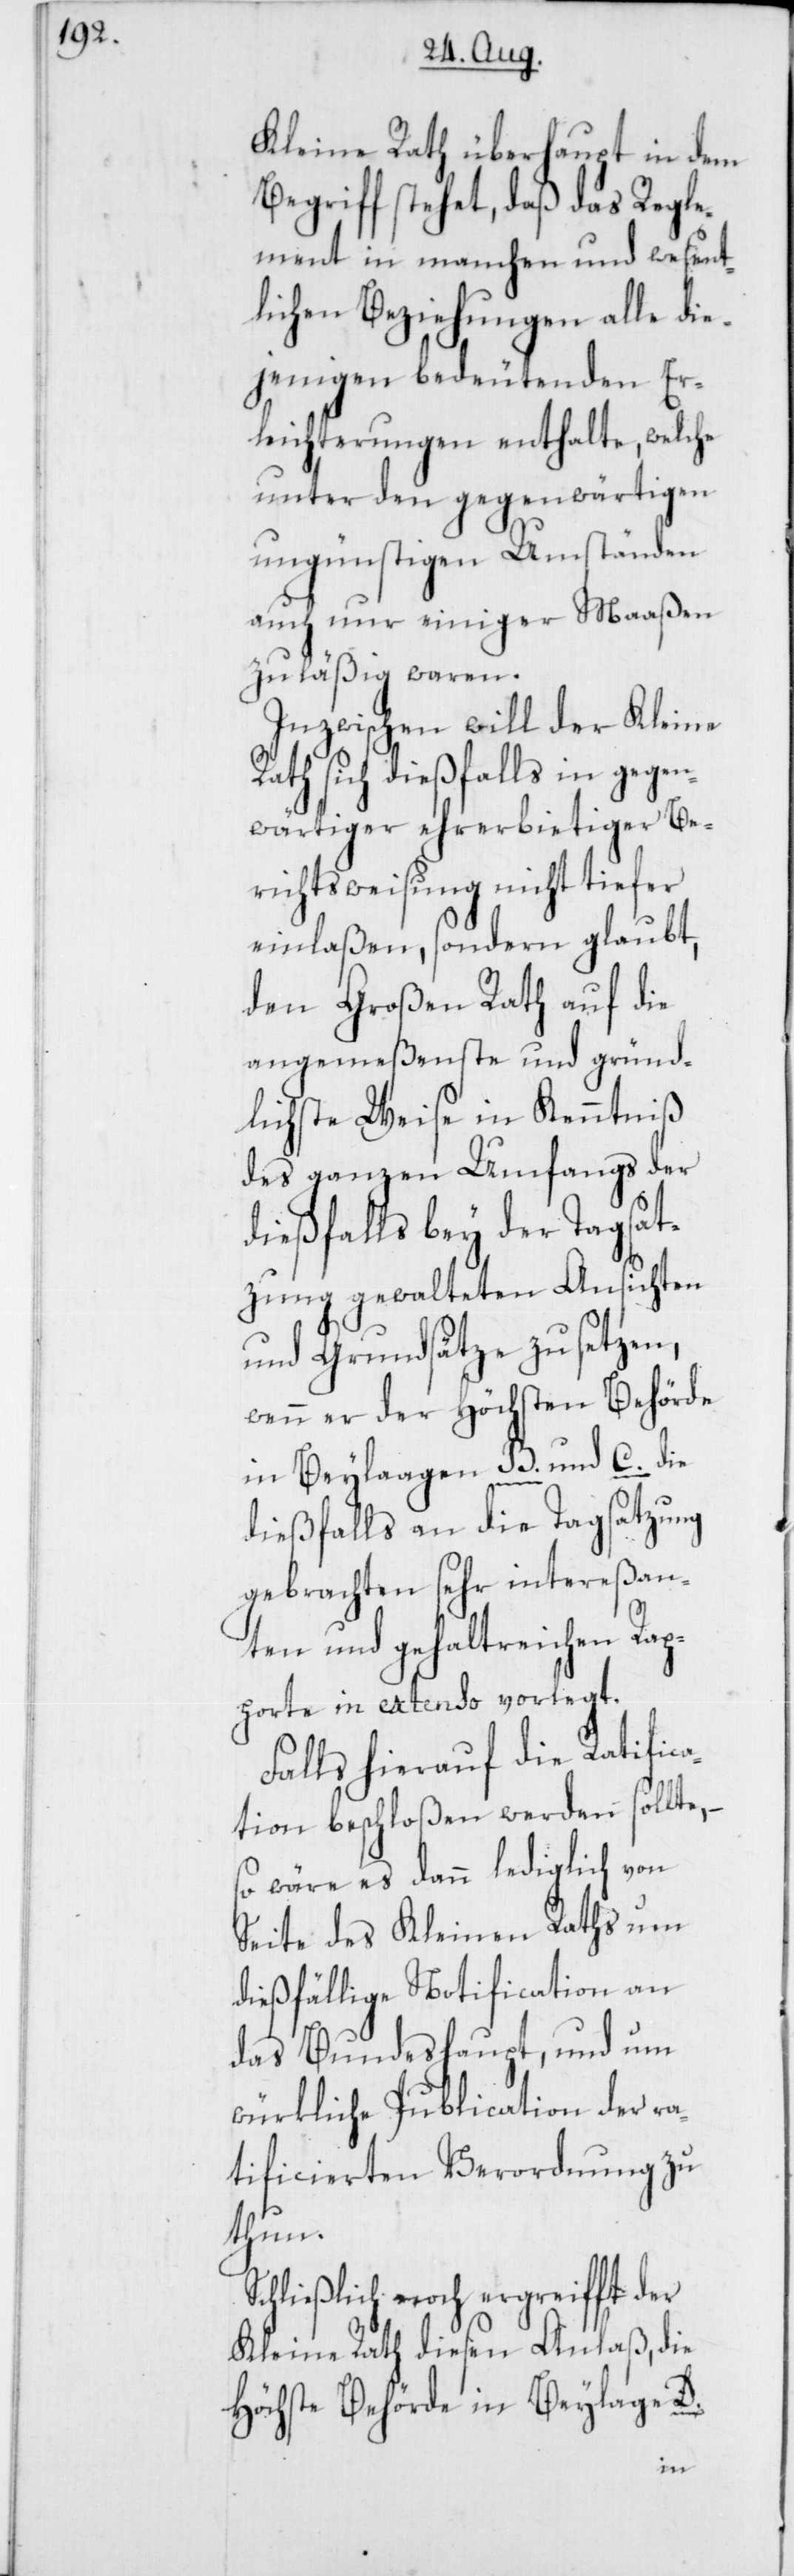
Kleine Rath überhaupt in dem
Begriff stehet, daß das Regle¬
ment in manchen und wesent¬
lichen Beziehungen alle die¬
jenigen bedeutenden Er¬
leichterungen enthalte, welche
unter den gegenwärtigen
ungünstigen Umständen
auch nur einiger Maaßen
zuläßig waren.
Inzwischen will der Kleine
Rath sich dießfalls in gegen¬
wärtiger ehrerbietiger Be¬
richtsweisung nicht tiefer
einlaßen, sondern glaubt,
den Großen Rath auf die
angemeßenste und gründ¬
lichste Weise in Kenntniß
des ganzen Umfangs der
dießfalls bey der Tagsat¬
zung gewalteten Ansichten
und Grundsätze zu setzen,
wenn er der Höchsten Behörde
in Beylaage B. und C. die
dießfalls an die Tagsatzung
gebrachten sehr intereßan¬
ten und gehaltreichen Rap¬
porte in extenso vorlegt.
Falls hierauf die Ratific¬
ation beschloßen werden sollte, –
so wäre es dann lediglich von
Seite des Kleinen Raths um
dießfällige Notification an
das Bundeshaupt, und um
würkliche Publication der ra¬
tificierten Verordnung zu
thun.
Schließlich noch ergreifft der
Kleine Rath diesen Anlaß, die
Höchste Behörde in Beylage D.